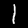
Digit: 1